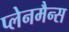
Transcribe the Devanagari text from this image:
प्लेनमैन्स